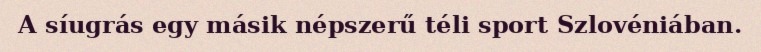
A síugrás egy másik népszerű téli sport Szlovéniában.